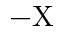
- \mathrm { X }